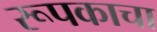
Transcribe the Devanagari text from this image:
रूपकाचा